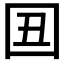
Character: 𡆴